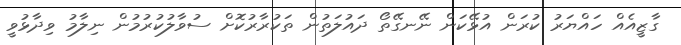
ގާޒީއެއް ހައްޔަރު ކުރަން އުޅޭކަން ނޭނގޭތޯ ދައުލަތުން ތަކުރާރުކޮށް ސުވާލުކުރުމުން ނިލާމު ވިދާޅުވީ